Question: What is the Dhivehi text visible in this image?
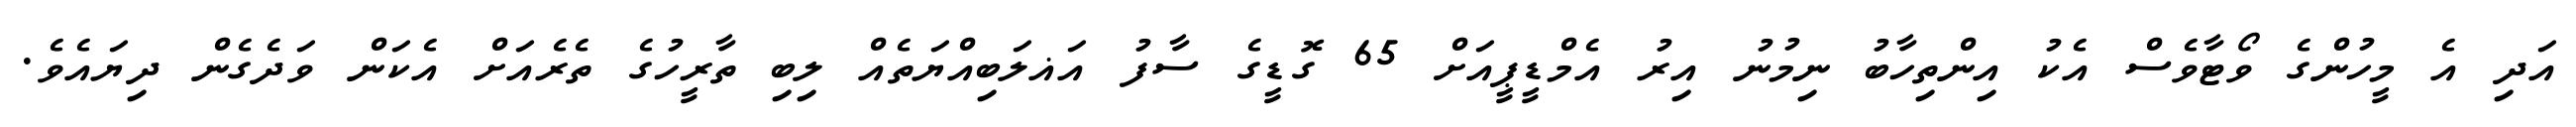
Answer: އަދި އެ މީހުންގެ ވޯޓާވެސް އެކު އިންތިހާބު ނިމުނު އިރު އެމްޑީޕީއަށް 65 ގޮޑީގެ ސާފު އަޣލަބިއްޔަތެއް ލިބި ތާރީހުގެ ތެރެއަށް އެކަން ވަދެގެން ދިޔައެވެ.